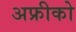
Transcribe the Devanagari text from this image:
अफ्रीको